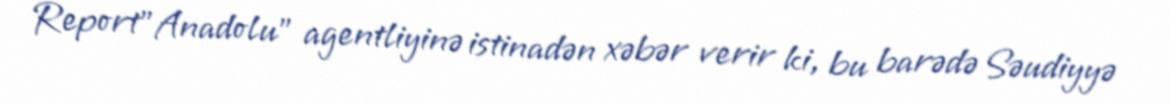
Report"Anadolu" agentliyinə istinadən xəbər verir ki, bu barədə Səudiyyə